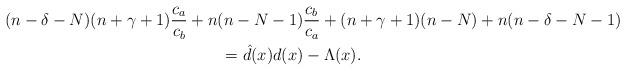
LaTeX: \begin{gather*}(n-\delta-N) (n+\gamma+1) \frac{c_a}{ c_b} + n (n-N-1)\frac{c_b}{ c_a} + (n+\gamma+1)(n-N)+n(n-\delta-N-1)\\\qquad{} = {\hat{d}}(x) d(x)- \Lambda ( x).\end{gather*}